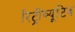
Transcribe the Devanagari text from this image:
रिट्रीब्यूटिव